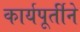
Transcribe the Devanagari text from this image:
कार्यपूर्तीने